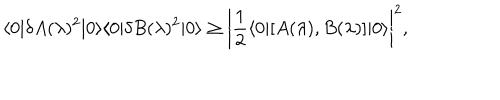
\langle 0 | \delta A ( \lambda ) ^ { 2 } | 0 \rangle \langle 0 | \delta B ( \lambda ) ^ { 2 } | 0 \rangle \geq \left| \frac { 1 } { 2 } \langle 0 | [ A ( \lambda ) , B ( \lambda ) ] | 0 \rangle \right| ^ { 2 } ,